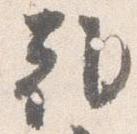
朝